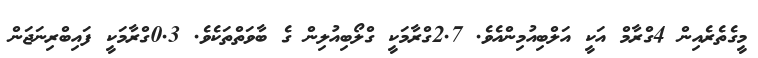
މީގެތެރެއިން 4ގްރާމް އަކީ އަލްބިއުމިންއެވެ. 2.7ގްރާމަކީ ގްލޯބިއުލިން ގެ ބާވަތްތަކެވެ. 0.3ގްރާމަކީ ފައިބްރިނަޖަން